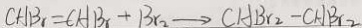
C H B _ { r } = C H B _ { r } + B _ { r 2 } \rightarrow C H B _ { r 2 } - C H B _ { r 2 }